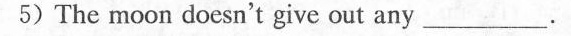
5) The moon doesn't give out any ___ .